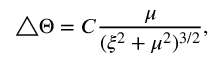
\triangle \Theta = C \frac { \mu } { ( \xi ^ { 2 } + \mu ^ { 2 } ) ^ { 3 / 2 } } ,